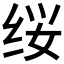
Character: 𰬕